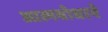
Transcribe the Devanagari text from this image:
आत्मबोधाने